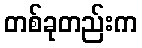
တစ်ခုတည်းက